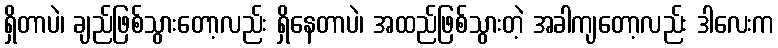
ရှိတာပဲ၊ ချည်ဖြစ်သွားတော့လည်း ရှိနေတာပဲ၊ အထည်ဖြစ်သွားတဲ့ အခါကျတော့လည်း ဒါလေးက